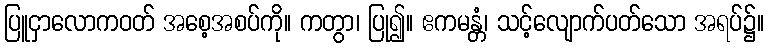
ပြူငှာလောကဝတ် အစေ့အစပ်ကို။ ကတွာ၊ ပြု၍။ ဧကမန္တံ၊ သင့်လျောက်ပတ်သော အရပ်၌။